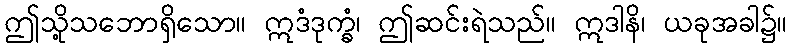
ဤသို့သဘောရှိသော။ ဣဒံဒုက္ခံ၊ ဤဆင်းရဲသည်။ ဣဒါနိ၊ ယခုအခါ၌။